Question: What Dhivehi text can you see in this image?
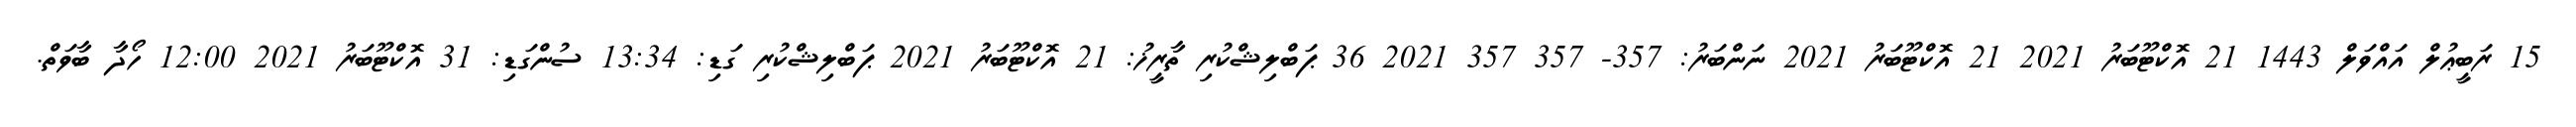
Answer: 15 ރަބީޢުލް އައްވަލް 1443 21 އޮކްޓޫބަރު 2021 21 އޮކްޓޫބަރު 2021 ނަންބަރު: 357- 357 357 2021 36 ޕަބްލިޝްކުރި ތާރީޚު: 21 އޮކްޓޫބަރު 2021 ޕަބްލިޝްކުރި ގަޑި: 13:34 ސުންގަޑި: 31 އޮކްޓޫބަރު 2021 12:00 ހޯދާ ބާވަތް.